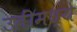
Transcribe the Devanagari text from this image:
उतींमध्ये